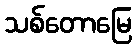
သစ်တောမြေ